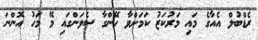
ރެޑްބުލް އެއާގެ މައި މަރުކަޒު ކަމަށްވާ ހޭންގާ ސެވަންގައި މޭ މަހު އޮންނަ